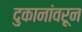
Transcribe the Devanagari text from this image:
दुकानांवरून